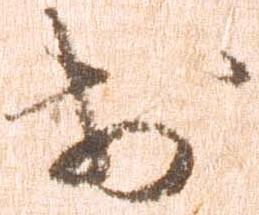
於